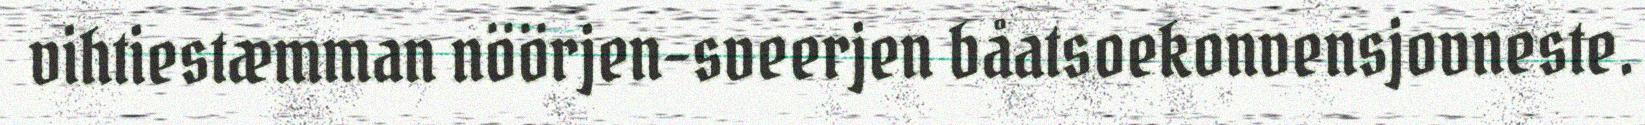
vihtiestæmman nöörjen-sveerjen båatsoekonvensjovneste.